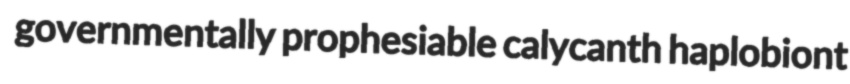
governmentally prophesiable calycanth haplobiont